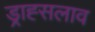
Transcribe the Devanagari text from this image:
ड्राह्सलाव